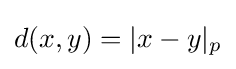
d(x,y)=|x-y|_{p}